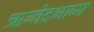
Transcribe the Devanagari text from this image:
ऋग्वेदभाष्य